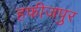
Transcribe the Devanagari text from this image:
हफीजपुर